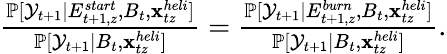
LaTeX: \begin{array}{r}{\frac{\mathbb P[{\cal Y}_{t+1}|E_{t+1,z}^{start},B_{t},{\mathbf{x}}_{tz}^{heli}]}{\mathbb P[{\cal Y}_{t+1}|B_{t},{\mathbf{x}}_{tz}^{heli}]}=\frac{\mathbb P[{\cal Y}_{t+1}|E_{t+1,z}^{burn},B_{t},{\mathbf{x}}_{tz}^{heli}]}{\mathbb P[{\cal Y}_{t+1}|B_{t},{\mathbf{x}}_{tz}^{heli}]}.}\end{array}